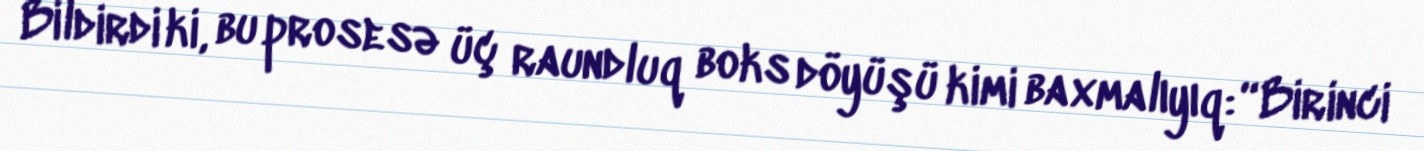
Bildirdi ki, bu prosesə üç raundluq boks döyüşü kimi baxmalıyıq: “Birinci